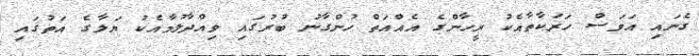
ގެނައި އަވަސް ހަރަކާތާއެކު ރީހާންގެ އެއްއަތް ހުންގާނު ބުރުގައި ވިއްދާލުމާއެކު ޔަލާގެ އަތުގައި